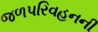
જળપરિવહનની